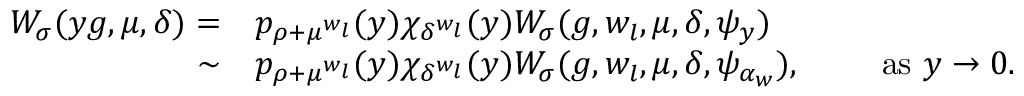
\begin{array} { r l } { W _ { \sigma } ( y g , \mu , \delta ) = } & { p _ { \rho + \mu ^ { w _ { l } } } ( y ) \chi _ { \delta ^ { w _ { l } } } ( y ) W _ { \sigma } ( g , w _ { l } , \mu , \delta , \psi _ { y } ) } \\ { \sim } & { p _ { \rho + \mu ^ { w _ { l } } } ( y ) \chi _ { \delta ^ { w _ { l } } } ( y ) W _ { \sigma } ( g , w _ { l } , \mu , \delta , \psi _ { \alpha _ { w } } ) , \qquad \mathrm { ~ a s ~ } y \to 0 . } \end{array}